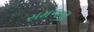
સમજણ